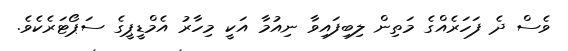
ވެސް ދެ ފަހަރެއްގެ މަތިން ލިބިފައިވާ ނިއުމާ އަކީ މިހާރު އެމްޑީޕީގެ ސަޕޯޓަރެކެވެ.